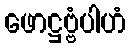
ဖောဋ္ဌဗ္ဗံပါဟံ